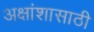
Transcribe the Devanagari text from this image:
अक्षांशासाठी